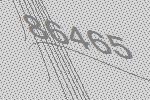
86465